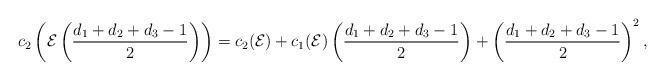
LaTeX: \begin{align*} c_2 \left ( {\mathcal E} \left ( \frac{d_1+d_2+d_3-1}{2} \right ) \right ) = c_2({\mathcal E})+c_1 ({\mathcal E}) \left ( \frac{d_1+d_2+d_3-1}{2} \right )+ \left ( \frac{d_1+d_2+d_3-1}{2} \right )^2, \end{align*}